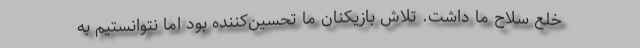
خلع سلاح ما داشت. تلاش بازیکنان ما تحسین‌کننده بود اما نتوانستیم به